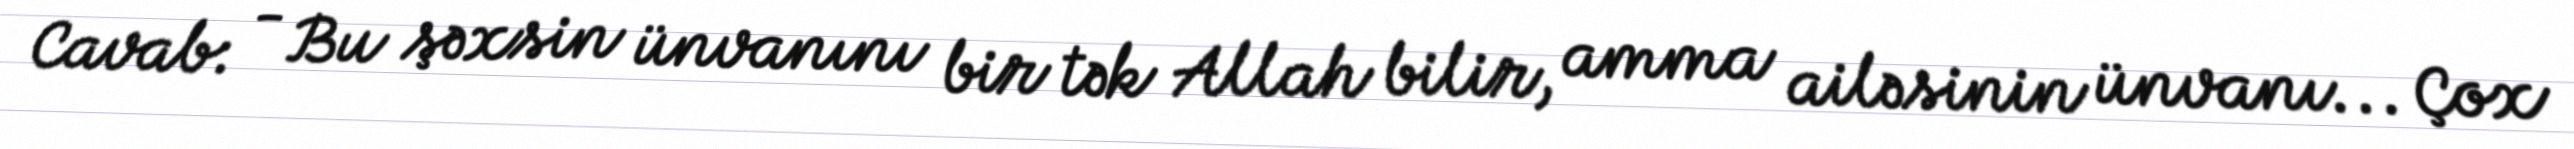
Cavab: - Bu şəxsin ünvanını bir tək Allah bilir, amma ailəsinin ünvanı... Çox